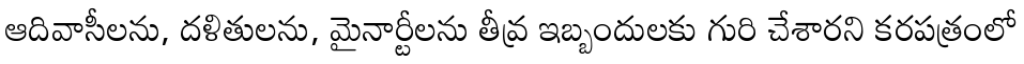
ఆదివాసీలను, దళితులను, మైనార్టీలను తీవ్ర ఇబ్బందులకు గురి చేశారని కరపత్రంలో